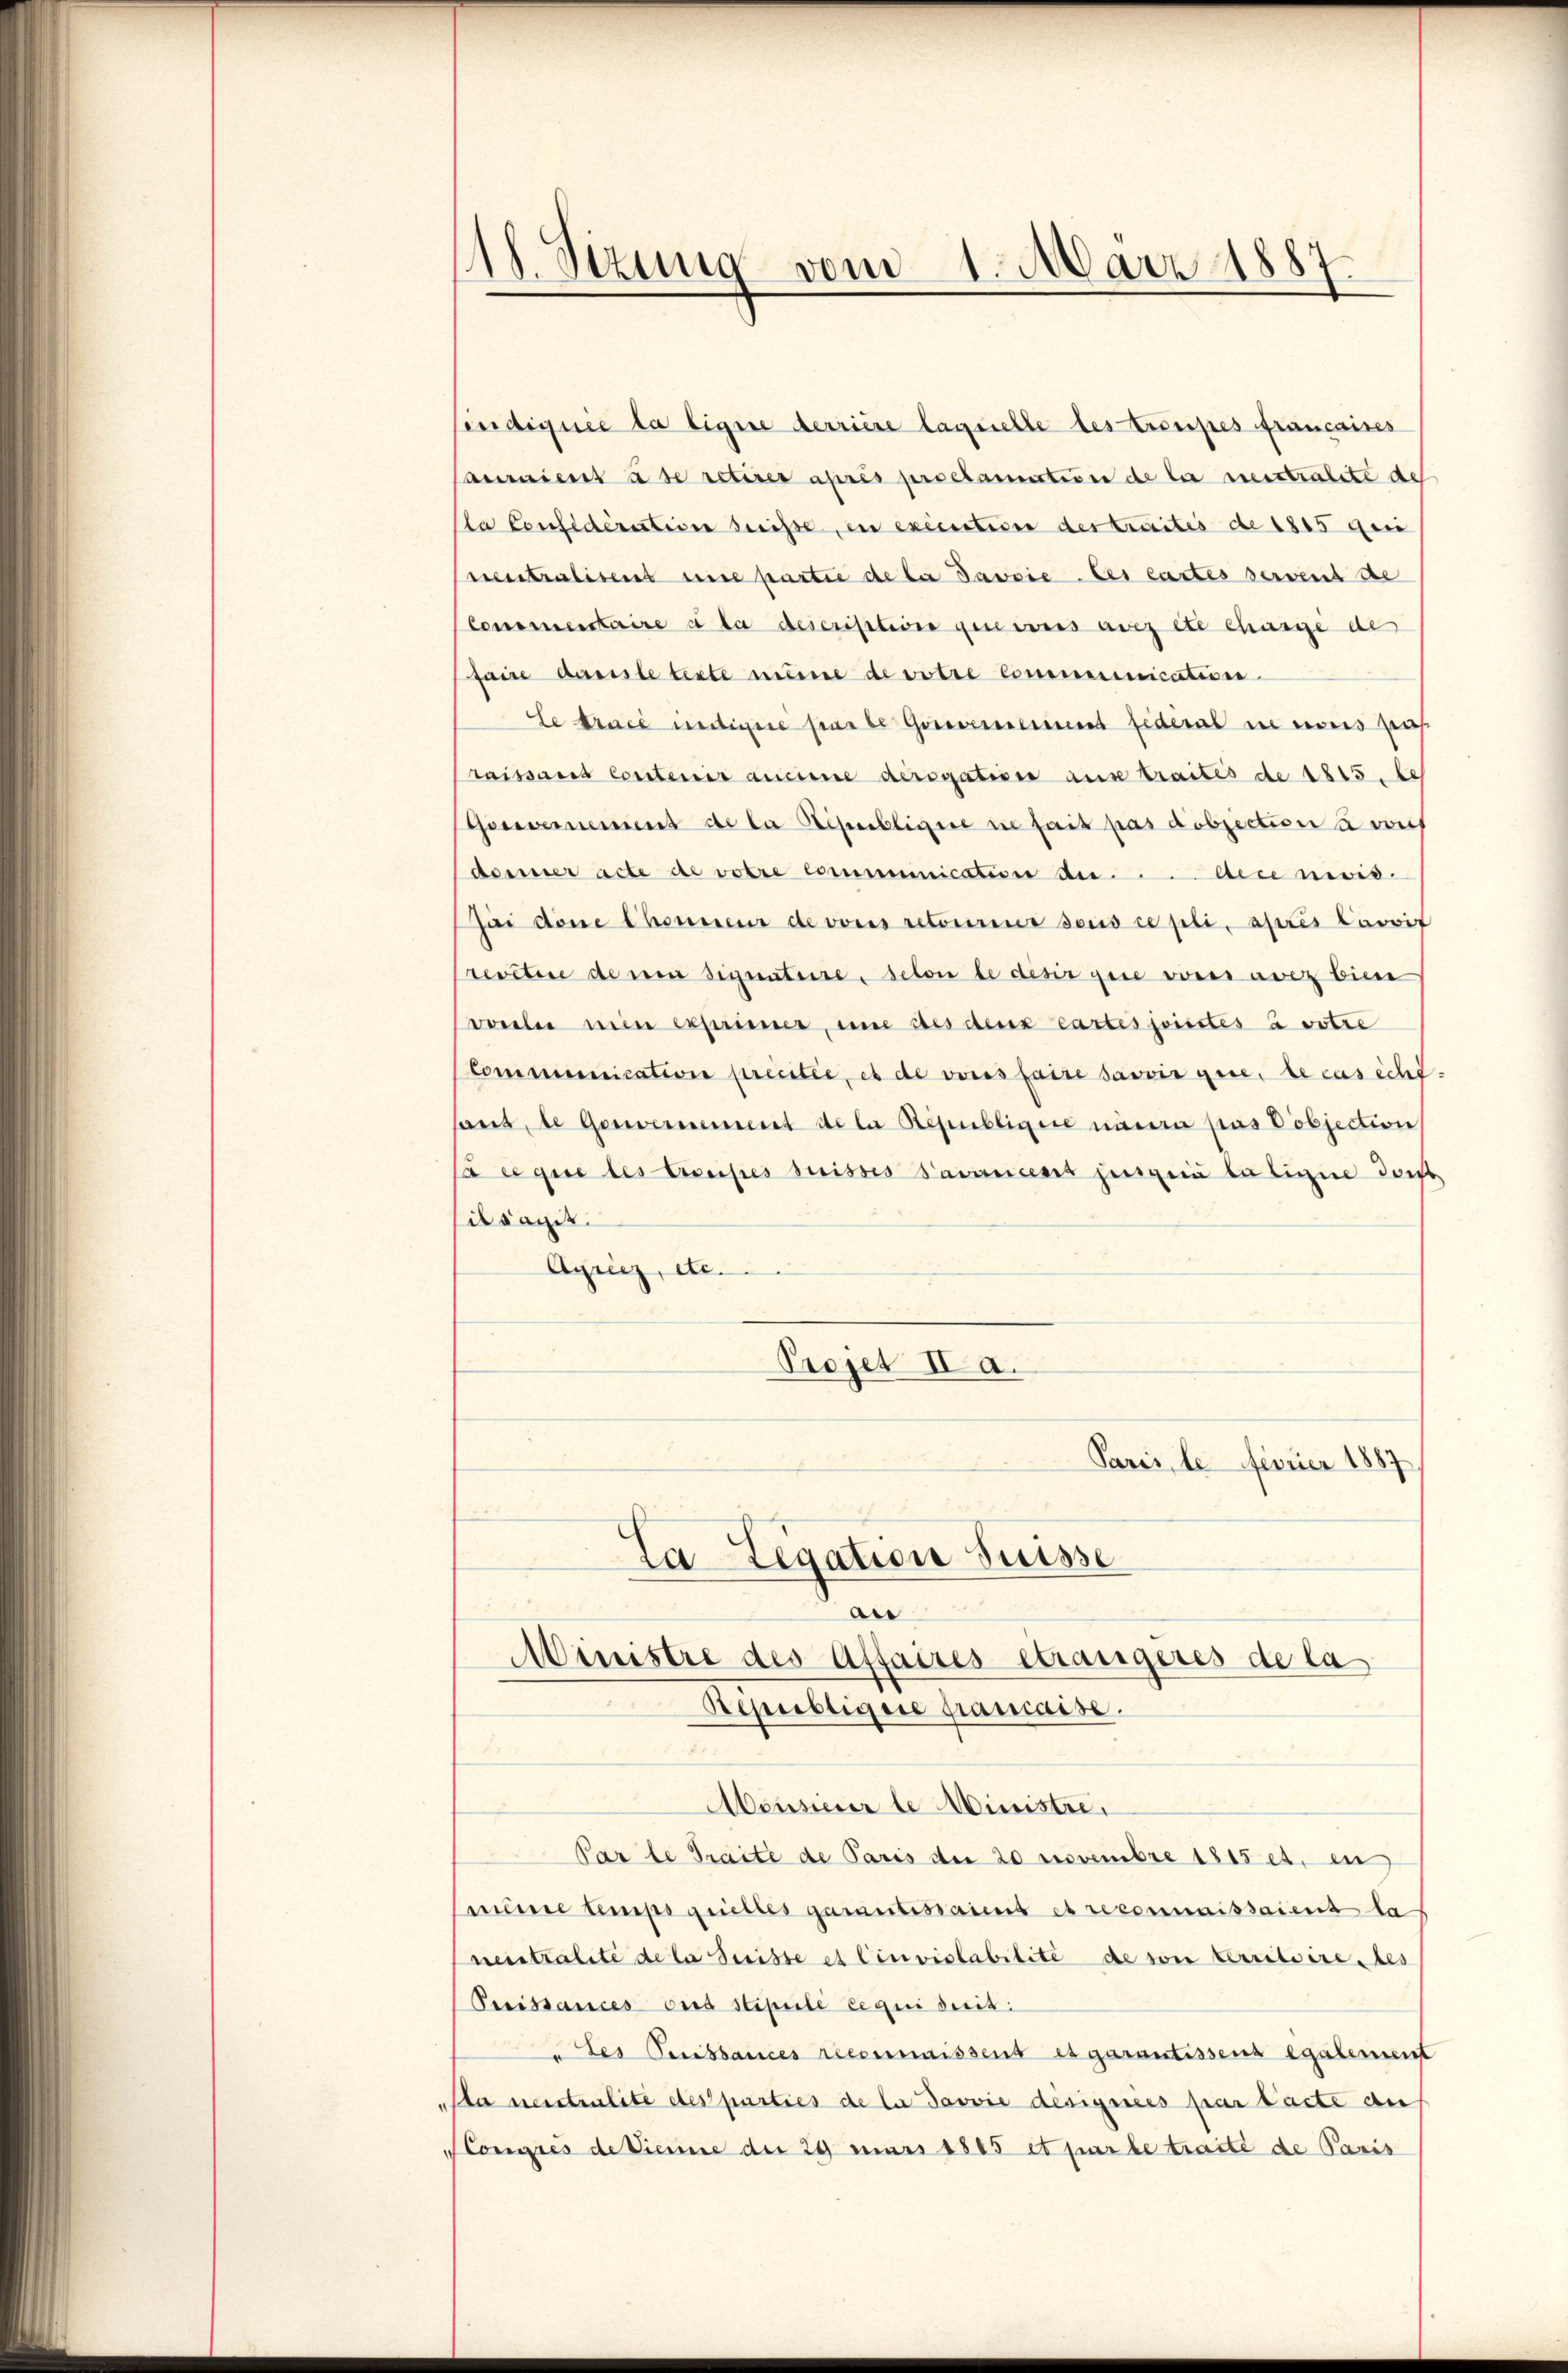
118. Sezung vom 1. März 1887.

indiquée la ligere derriere laquelle des troupes francaires
auraient à de retirer après proclamativen de le meistralite des
Ma Confideration dreise, en execution des traites de 1815 geei
rcentralisent une partie de la Javvie les lastes servent de
Commentaire à la description gere weis aus et charge de
faire dans le teste mine de votre communication
le trace indige parte Gouvernement fideal in nous pas
raissans contenir ancise derogatives ause traités de 1815. be
evernement de la Lepelligere in fait pas objection à vis
doner acte de votre communication der ... Aece nivis.
ai dene Chonneur de vons retoureur sous ce pli, après lavvit
revetire de ni signataire, schon de desir gere vorsi avez bien
vorlei mien exprimer, und des deux cartes juristes à votre
Communication précitée, es de vons faire savoir que, le casicht-
sant, de Gouvernement de la Republique neuera pas objection
C ce que des Crouises suisses Savancent juge la ligen dort
csagit.
Ayriez, etc.
Projet IIa.
Paris, le ferner 1887
Ca Legation Suisse
e
Ministre des Affaires étrangeres de la
Republique paraise.
Meusierer le Ministre,
Par le Traite de Paris der 20 novembre 1815 et, en
meine temps quelles garantissaient es reconnaissaient las
neutralite de la Suisse et Cinviolabilité de von territoire des
Puissances ons Stipulé le qui suit:
" des Puissances reconnaissens es garantissens egalement
Pta meistenlite des parties de la Javvie designées par tacte an
Congues de Diene der 29 mars 1865 et par le traité de Paris